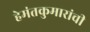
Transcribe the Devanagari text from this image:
हेमंतकुमारांची